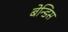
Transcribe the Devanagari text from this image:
बेन्डिस